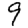
Digit: 9